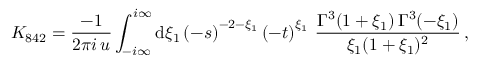
K _ { 8 4 2 } = \frac { - 1 } { 2 \pi i \, u } \int _ { - i \infty } ^ { i \infty } \mathrm { d } \xi _ { 1 } \left( - s \right) ^ { - 2 - \xi _ { 1 } } \left( - t \right) ^ { \xi _ { 1 } } \, \frac { \Gamma ^ { 3 } ( 1 + \xi _ { 1 } ) \, \Gamma ^ { 3 } ( - \xi _ { 1 } ) } { \xi _ { 1 } ( 1 + \xi _ { 1 } ) ^ { 2 } } \, ,